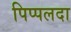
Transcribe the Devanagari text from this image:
पिप्‍पलदा